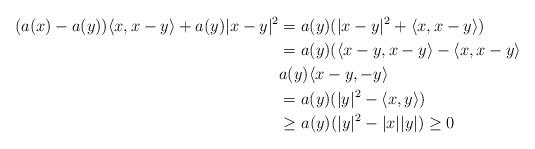
LaTeX: \begin{align*}(a(x)-a(y))\langle x,x-y\rangle+a(y)|x-y|^{2}&=a(y)(|x-y|^{2}+\langle x,x-y\rangle) \\&=a(y)(\langle x-y,x-y\rangle-\langle x,x-y\rangle\\& a(y)\langle x-y,-y\rangle\\&=a(y)(|y|^2-\langle x,y\rangle)\\&\geq a(y)(|y|^2- |x||y|)\geq0 \end{align*}